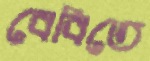
বেবিতে